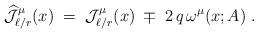
LaTeX: \begin{align*}\widehat{{\mathcal J}}_{\ell/r}^\mu (x) \;=\; {\mathcal J}_{\ell/r}^\mu (x) \;\mp\; 2\,q\,\omega^\mu (x;A)~.\end{align*}